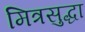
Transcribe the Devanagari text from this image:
मित्रसुद्धा